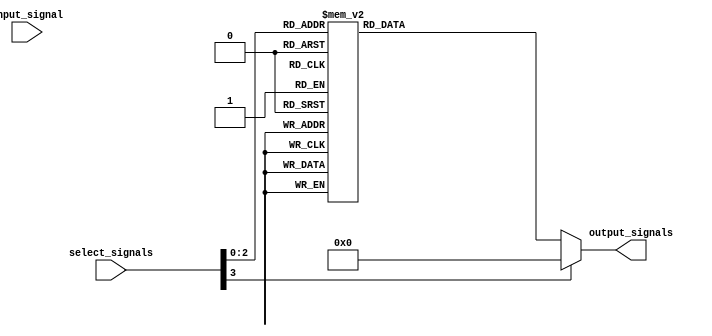
module demux (
    input wire input_signal,
    input wire [3:0] select_signals,
    output reg [7:0] output_signals
);

always @* begin
    case (select_signals)
        4'b0000: output_signals = 8'b00000001;
        4'b0001: output_signals = 8'b00000010;
        4'b0010: output_signals = 8'b00000100;
        4'b0011: output_signals = 8'b00001000;
        4'b0100: output_signals = 8'b00010000;
        4'b0101: output_signals = 8'b00100000;
        4'b0110: output_signals = 8'b01000000;
        4'b0111: output_signals = 8'b10000000;
        default: output_signals = 8'b00000000;
    endcase
end

endmodule